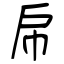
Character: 帍